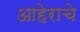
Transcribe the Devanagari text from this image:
आहेराचे